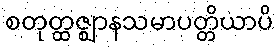
စတုတ္ထဇ္ဈာနသမာပတ္တိယာပိ